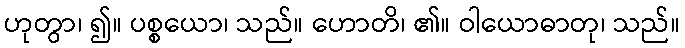
ဟုတွာ၊ ၍။ ပစ္စယော၊ သည်။ ဟောတိ၊ ၏။ ဝါယောဓာတု၊ သည်။